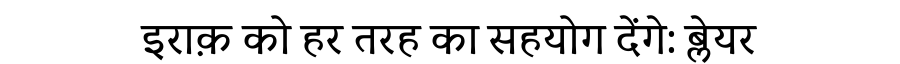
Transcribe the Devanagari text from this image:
इराक़ को हर तरह का सहयोग देंगे: ब्लेयर